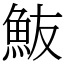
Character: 𩵼